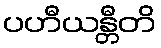
ပဟီယန္တီတိ